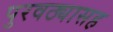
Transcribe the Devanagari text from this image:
पुरवठ्यासह